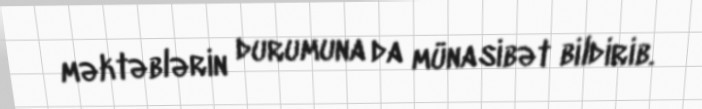
məktəblərin durumuna da münasibət bildirib.